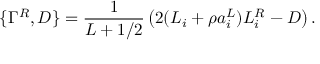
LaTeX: \{ \Gamma ^ { R } , D \} = \frac { 1 } { L + 1 / 2 } \left( 2 ( { \cal L } _ { i } + \rho a _ { i } ^ { L } ) L _ { i } ^ { R } - D \right) .